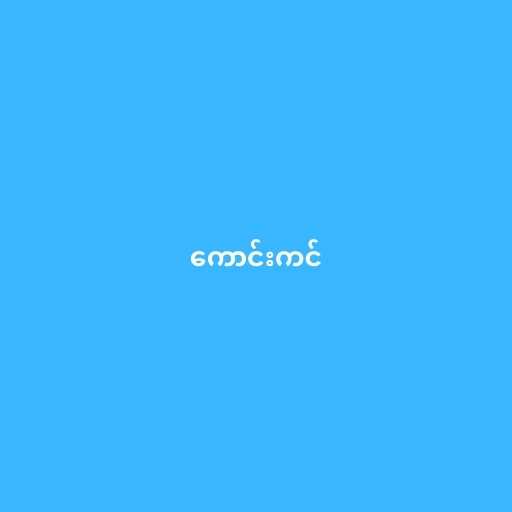
ကောင်းကင်